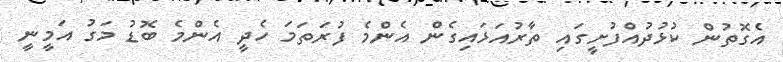
އެގޮތުން ކުޅުދުއްފުށީގައި ތާރުއަޅައިގެން އެންމެ ފުރަތަމަ ހެދީ އެންމެ ބޮޑު މަގު އަމީނީ